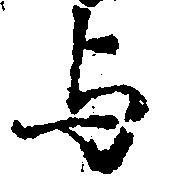
与